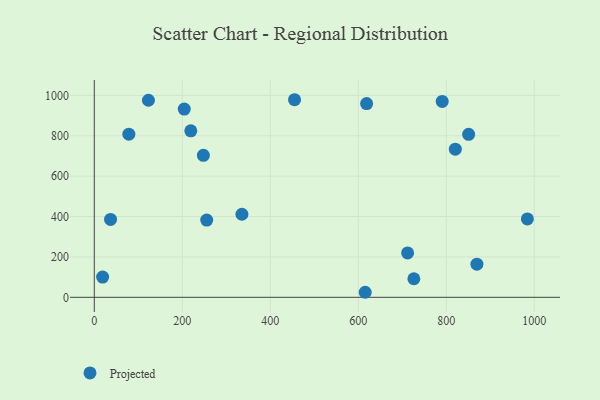
{"axis": {"x": "Speed", "y": "Fuel Efficiency"}, "legend": ["Projected"], "data": [{"x": "255.5", "y": 382.6, "type": "Projected"}, {"x": "712.1", "y": 220.0, "type": "Projected"}, {"x": "18.9", "y": 100.3, "type": "Projected"}, {"x": "36.9", "y": 385.6, "type": "Projected"}, {"x": "204.4", "y": 932.3, "type": "Projected"}, {"x": "247.9", "y": 703.0, "type": "Projected"}, {"x": "335.5", "y": 411.3, "type": "Projected"}, {"x": "984.3", "y": 388.3, "type": "Projected"}, {"x": "850.8", "y": 806.9, "type": "Projected"}, {"x": "726.3", "y": 91.9, "type": "Projected"}, {"x": "78.5", "y": 808.0, "type": "Projected"}, {"x": "455.1", "y": 978.4, "type": "Projected"}, {"x": "219.3", "y": 824.2, "type": "Projected"}, {"x": "123.0", "y": 975.8, "type": "Projected"}, {"x": "869.6", "y": 164.2, "type": "Projected"}, {"x": "618.9", "y": 959.2, "type": "Projected"}, {"x": "615.7", "y": 24.9, "type": "Projected"}, {"x": "820.5", "y": 733.5, "type": "Projected"}, {"x": "790.7", "y": 969.9, "type": "Projected"}]}